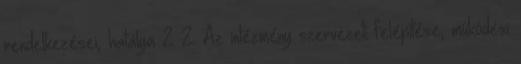
rendelkezései, hatálya 2 2. Az intézmény szervezeti felépítése, működési